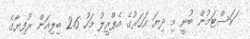
ަކަސްޓަމުން ބުނީ މި ދިޔަ އަހަރުގެ އެޕްރީލު މަހު 2.6 ބިލިއަން ރުފިޔާގެ